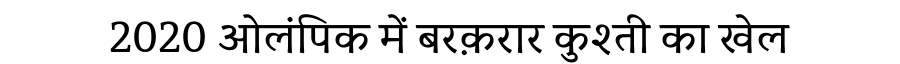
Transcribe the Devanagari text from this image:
2020 ओलंपिक में बरक़रार कुश्ती का खेल